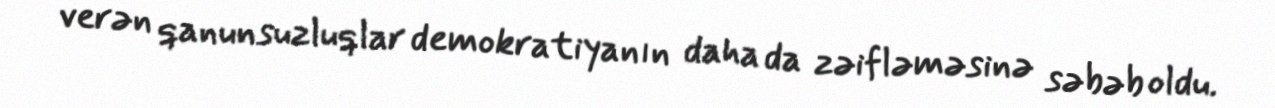
verən qanunsuzluqlar demokratiyanın daha da zəifləməsinə səbəb oldu.